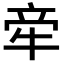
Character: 𬌟